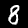
Label: 8